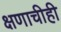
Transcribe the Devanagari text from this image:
क्षणाचीही